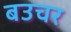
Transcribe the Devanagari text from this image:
बउचर